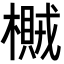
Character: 𣛸